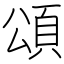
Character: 頌